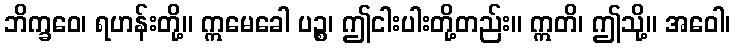
ဘိက္ခဝေ၊ ရဟန်းတို့။ ဣမေခေါ ပဉ္စ၊ ဤငါးပါးတို့တည်း။ ဣတိ၊ ဤသို့။ အဝေါ၊